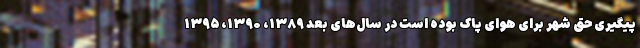
پیگیری حق شهر برای هوای پاک بوده است در سال‌های بعد ۱۳۸۹، ۱۳۹۰، ۱۳۹۵